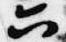
六